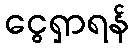
ငွေရှာရန်